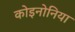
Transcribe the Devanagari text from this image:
कोइनोनिया